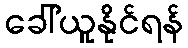
ခေါ်ယူနိုင်ရန်